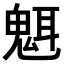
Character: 𬴿